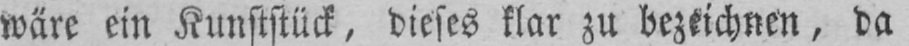
wäre ein Kunststück, dieses klar zu bezeichnen, da